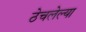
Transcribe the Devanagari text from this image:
ठेचलेल्या